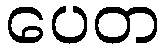
ပေတ